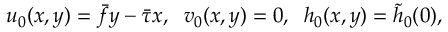
u _ { 0 } ( x , y ) = \bar { f } y - \bar { \tau } x , \; \; v _ { 0 } ( x , y ) = 0 , \; \; h _ { 0 } ( x , y ) = \tilde { h } _ { 0 } ( 0 ) ,